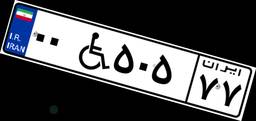
۰۰W۵۰۵۷۷